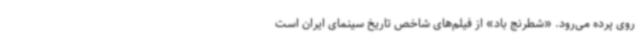
روی پرده می‌رود. «شطرنج باد» از فیلم‌های شاخص تاریخ سینمای ایران است